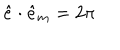
LaTeX: \hat { e } \cdot \hat { e } _ { m } = 2 \pi